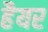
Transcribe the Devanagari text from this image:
हैयर